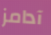
آدامز